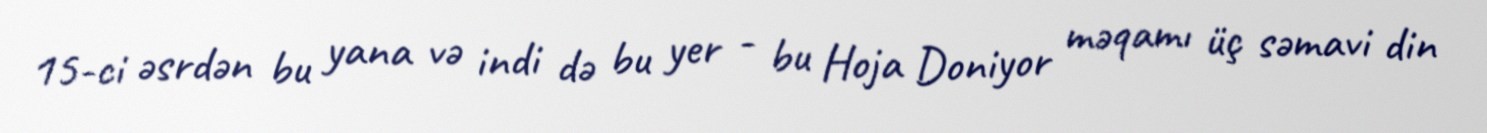
15-ci əsrdən bu yana və indi də bu yer - bu Hoja Doniyor məqamı üç səmavi din